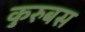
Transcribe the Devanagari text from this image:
कुरुबस